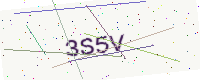
Text: 3S5V